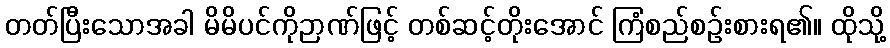
တတ်ပြီးသောအခါ မိမိပင်ကိုဉာဏ်ဖြင့် တစ်ဆင့်တိုးအောင် ကြံစည်စဉ်းစားရ၏။ ထိုသို့